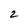
Character: 2